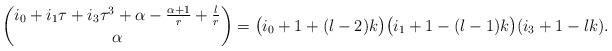
LaTeX: \begin{align*}\binom{i_0+i_1\tau+i_3\tau^3+\alpha-\frac{\alpha+1}r+\frac lr}\alpha=\bigl(i_0+1+(l-2)k\bigr)\bigl(i_1+1-(l-1)k\bigr)(i_3+1-lk).\end{align*}